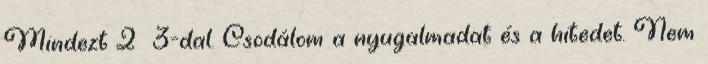
Mindezt 2 3-dal. Csodálom a nyugalmadat és a hitedet. Nem